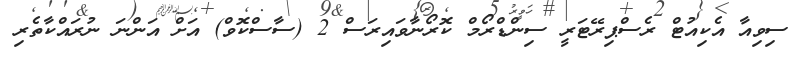
ސިވިއާ އެކިއުޓް ރެސްޕިރޭޓަރީ ސިންޑްރޯމް ކޮރޯނާވައިރަސް 2 (ސާސްކޮވް) އަށް އަންނަ ނުރައްކާތެރި